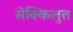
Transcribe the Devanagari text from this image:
सेक्किलुत्त